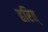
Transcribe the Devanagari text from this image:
हरित्‌